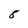
Character: 8